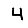
Digit: 4